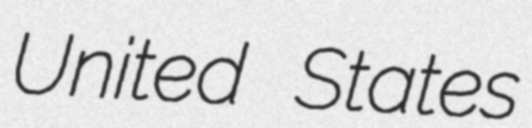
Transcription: United States